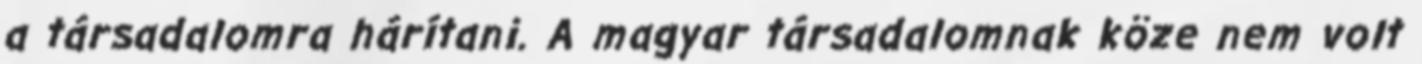
a társadalomra hárítani. A magyar társadalomnak köze nem volt